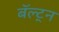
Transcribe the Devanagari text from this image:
बॅल्ट्न